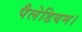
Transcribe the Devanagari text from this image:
पैलेडियम।